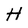
Character: H